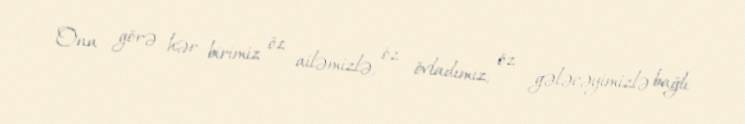
Ona görə hər birimiz öz ailəmizlə, öz övladımız, öz gələcəyimizlə bağlı